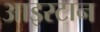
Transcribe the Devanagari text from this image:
आइस्टान